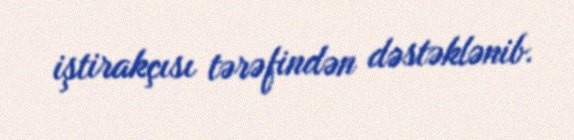
iştirakçısı tərəfindən dəstəklənib.